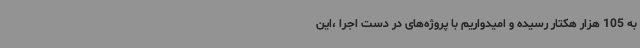
به 105 هزار هکتار رسیده و امیدواریم با پروژه‌های در دست اجرا ،این